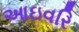
આઇવરિ